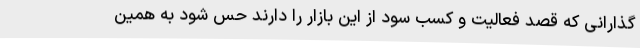
گذارانی که قصد فعالیت و کسب سود از این بازار را دارند حس شود به همین